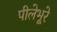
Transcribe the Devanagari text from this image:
पीलेभूरे